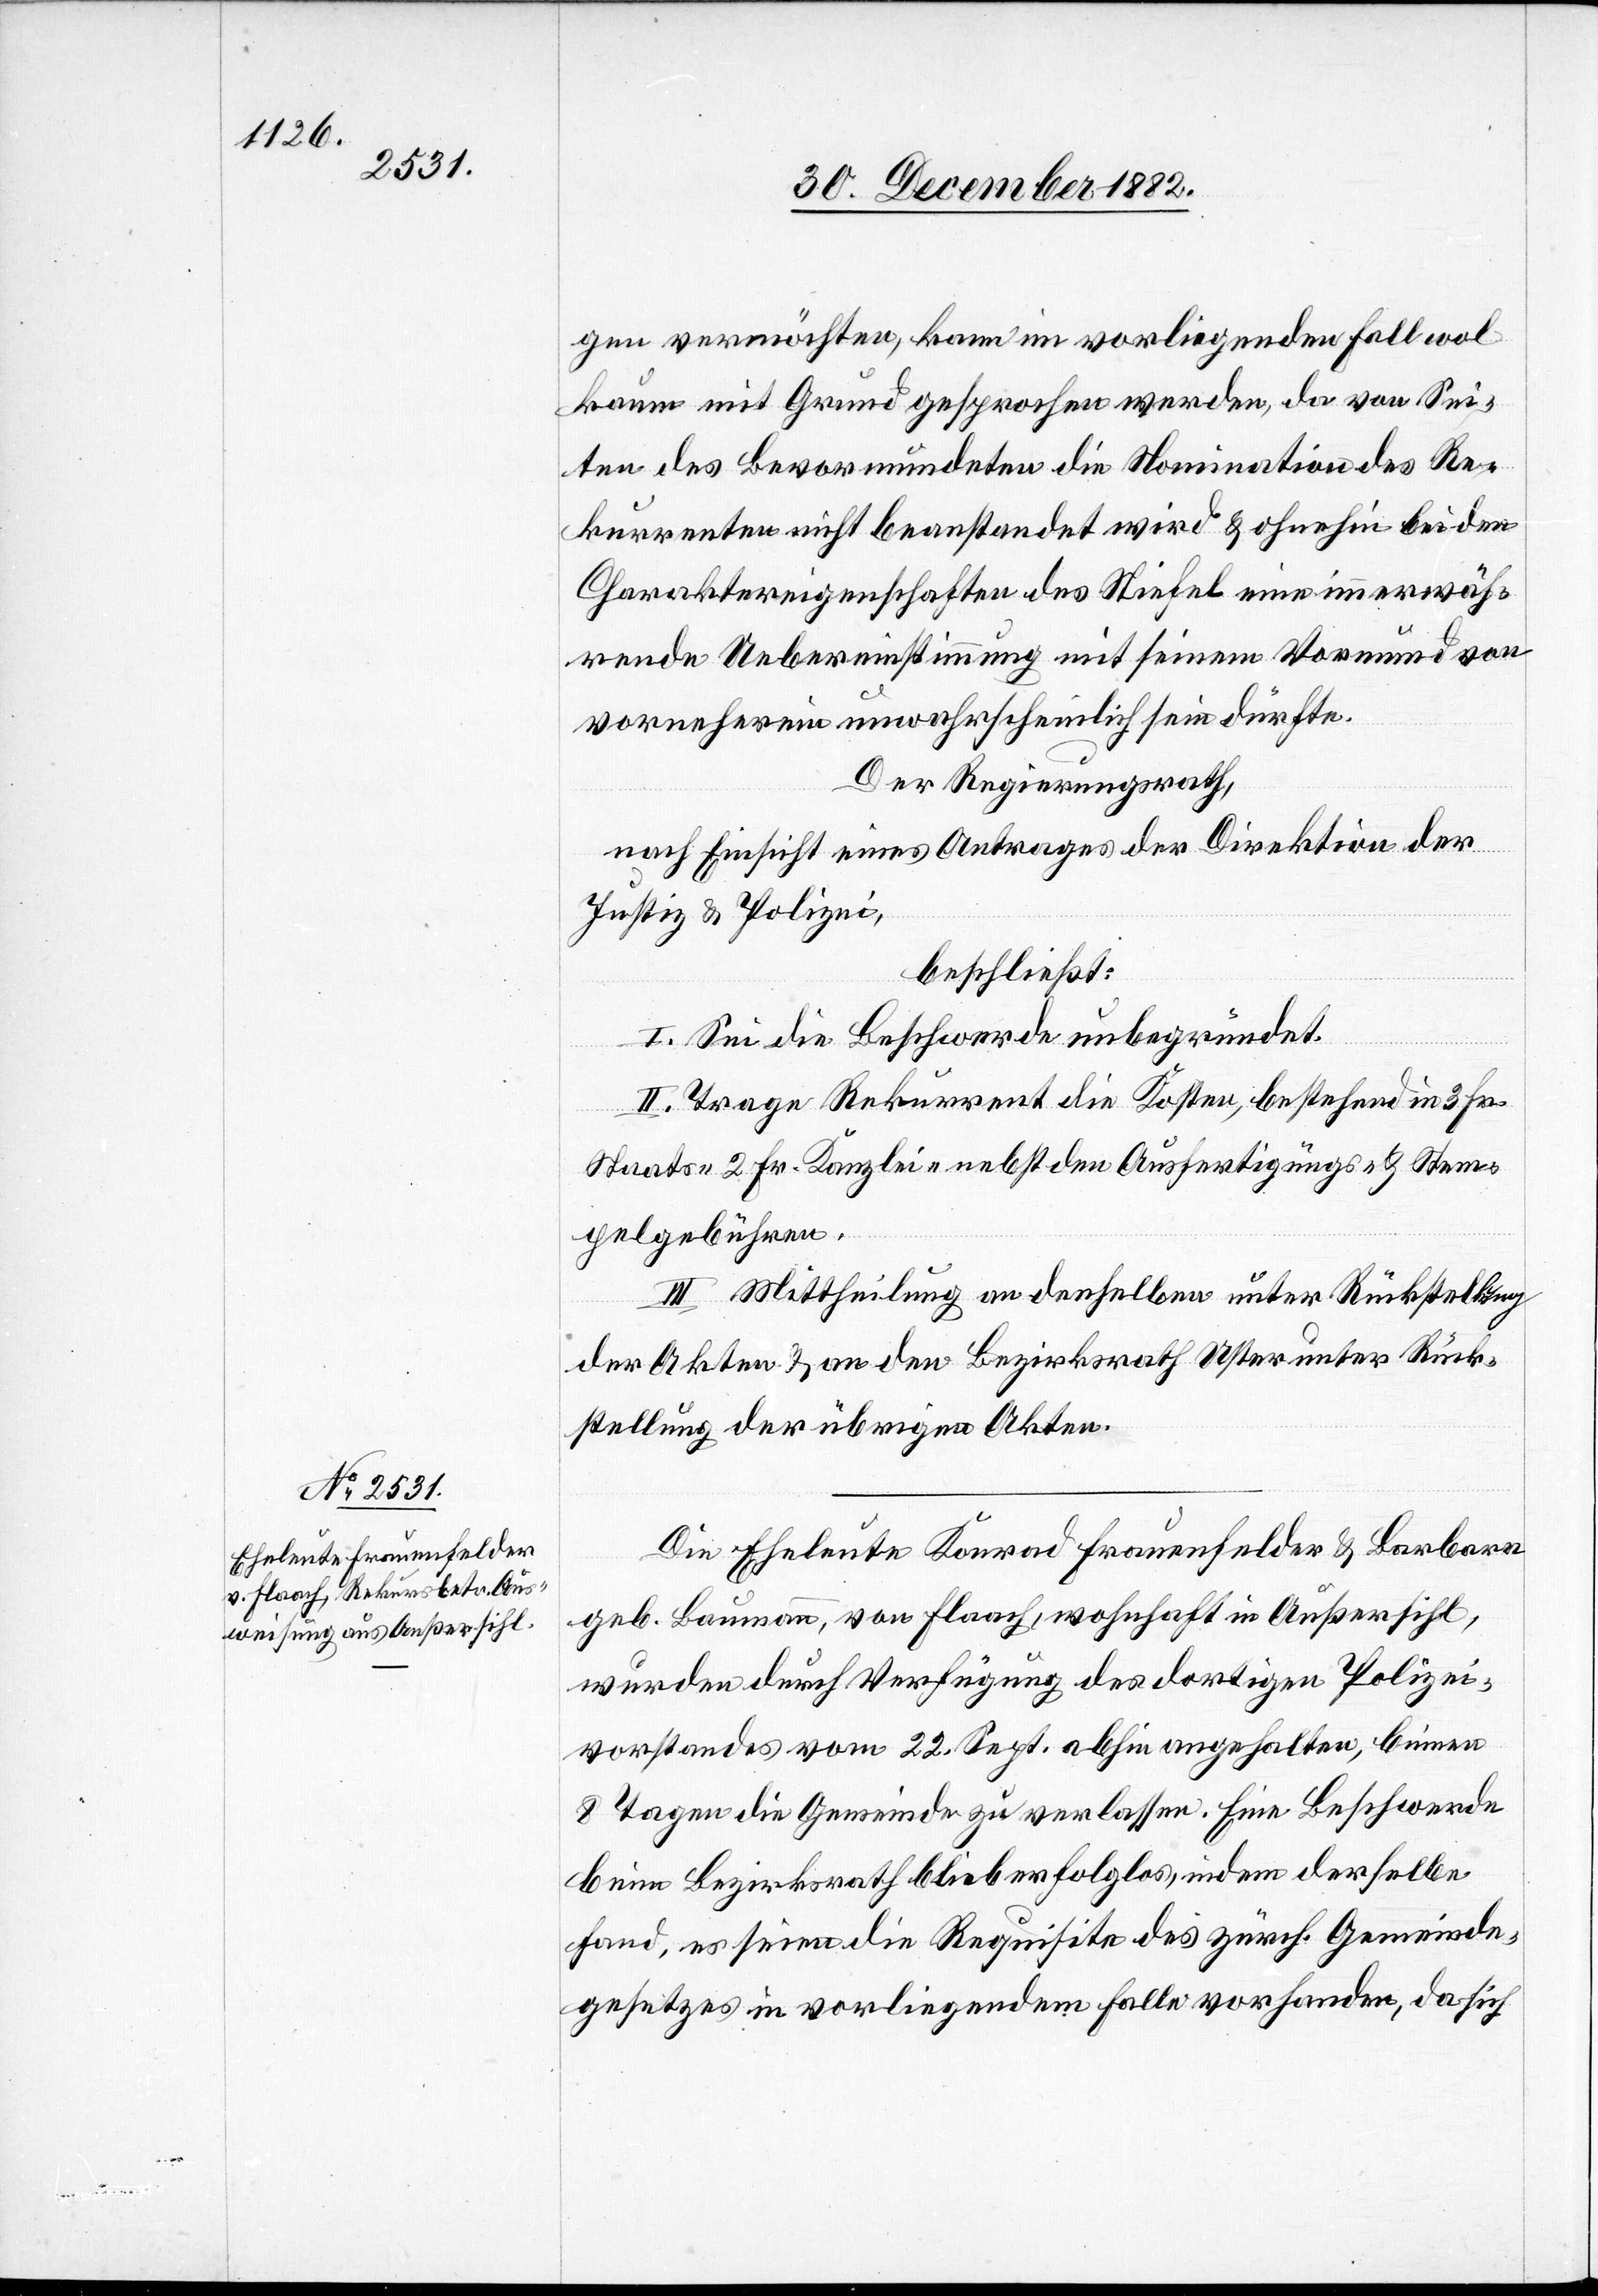
gen vermöchten, kann im vorliegenden Fall wol
kaum mit Grund gesprochen werden, da von Sei¬
ten des Bevormundeten die Nomination des Re¬
kurrenten nicht beanstandet wird & ohnehin bei den
Charaktereigenschaften des Stiefel eine immerwäh¬
rende Uebereinstimmung mit seinem Vormund von
vorneherein unwahrscheinlich sein dürfte.
Der Regierungsrath,
nach Einsicht eines Antrages der Direktion der
Justiz & Polizei,
beschließt:
I. Sei die Beschwerde unbegründet.
II. Trage Rekurrent die Kosten, bestehend in 3 Fr.
Staats- 2 Fr. Kanzlei nebst den Ausfertigungs- & Stem¬
pelgebühren.
III. Mittheilung an denselben unter Rückstellung
der Akten & an den Bezirksrath Uster unter Rück¬
stellung der übrigen Akten.
Die Eheleute Konrad Frauenfelder & Barbara
geb. Baumann, von Flaach, wohnhaft in Außersihl,
wurden durch Verfügung des dortigen Polizei¬
vorstandes vom 22. Sept. abhin angehalten, binnen
8 Tagen die Gemeinde zu verlassen. Eine Beschwerde
beim Bezirksrath blieb erfolglos, indem derselben
fand, es seien die Requisite des zürch. Gemeinde¬
gesetzes in vorliegendem Falle vorhanden, da sich